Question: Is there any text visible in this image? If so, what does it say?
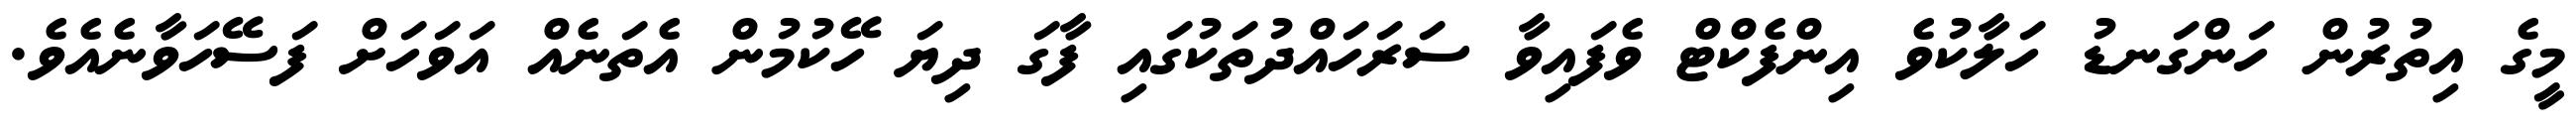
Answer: މީގެ އިތުރުން ހަންގަނޑު ހަލާކުވެ އިންފެކްޓް ވެފައިވާ ސަރަހައްދުތަކުގައި ފާގަ ދިޔަ ހޭކުމުން އެތަނެއް އަވަހަށް ފަސޭހަވާނެއެވެ.